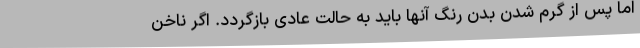
اما پس از گرم شدن بدن رنگ آنها باید به حالت عادی بازگردد. اگر ناخن